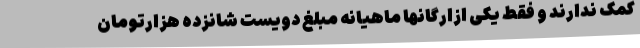
کمک ندارند و فقط یکی ازارگانها ماهیانه مبلغ دویست شانزده هزارتومان